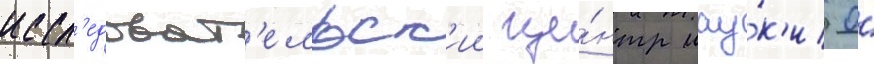
иссл'едоват'ельск'ии це́нтр нау́к'и о́